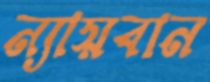
ন্যায়বান